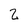
Character: 2